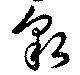
貌